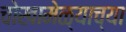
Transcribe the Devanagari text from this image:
चोखामेळ्याच्या